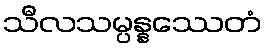
သီလသမ္ပန္နဿေတံ